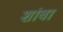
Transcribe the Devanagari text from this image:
शांबा